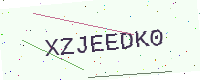
Text: XZJEEDK0